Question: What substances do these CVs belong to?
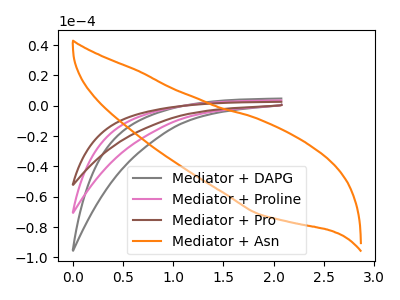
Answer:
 <answer>The gray curve is labeled "Mediator + DAPG". The pink curve is labeled "Mediator + Proline". The brown curve is labeled "Mediator + Pro". The orange curve is labeled "Mediator + Asn".</answer>
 <eval></eval>